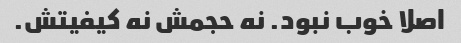
اصلا خوب نبود. نه حجمش نه کیفیتش.